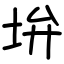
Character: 𡊯